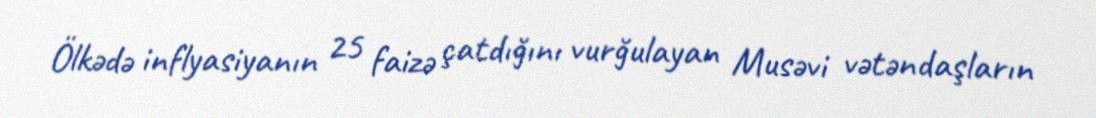
Ölkədə inflyasiyanın 25 faizə çatdığını vurğulayan Musəvi vətəndaşların